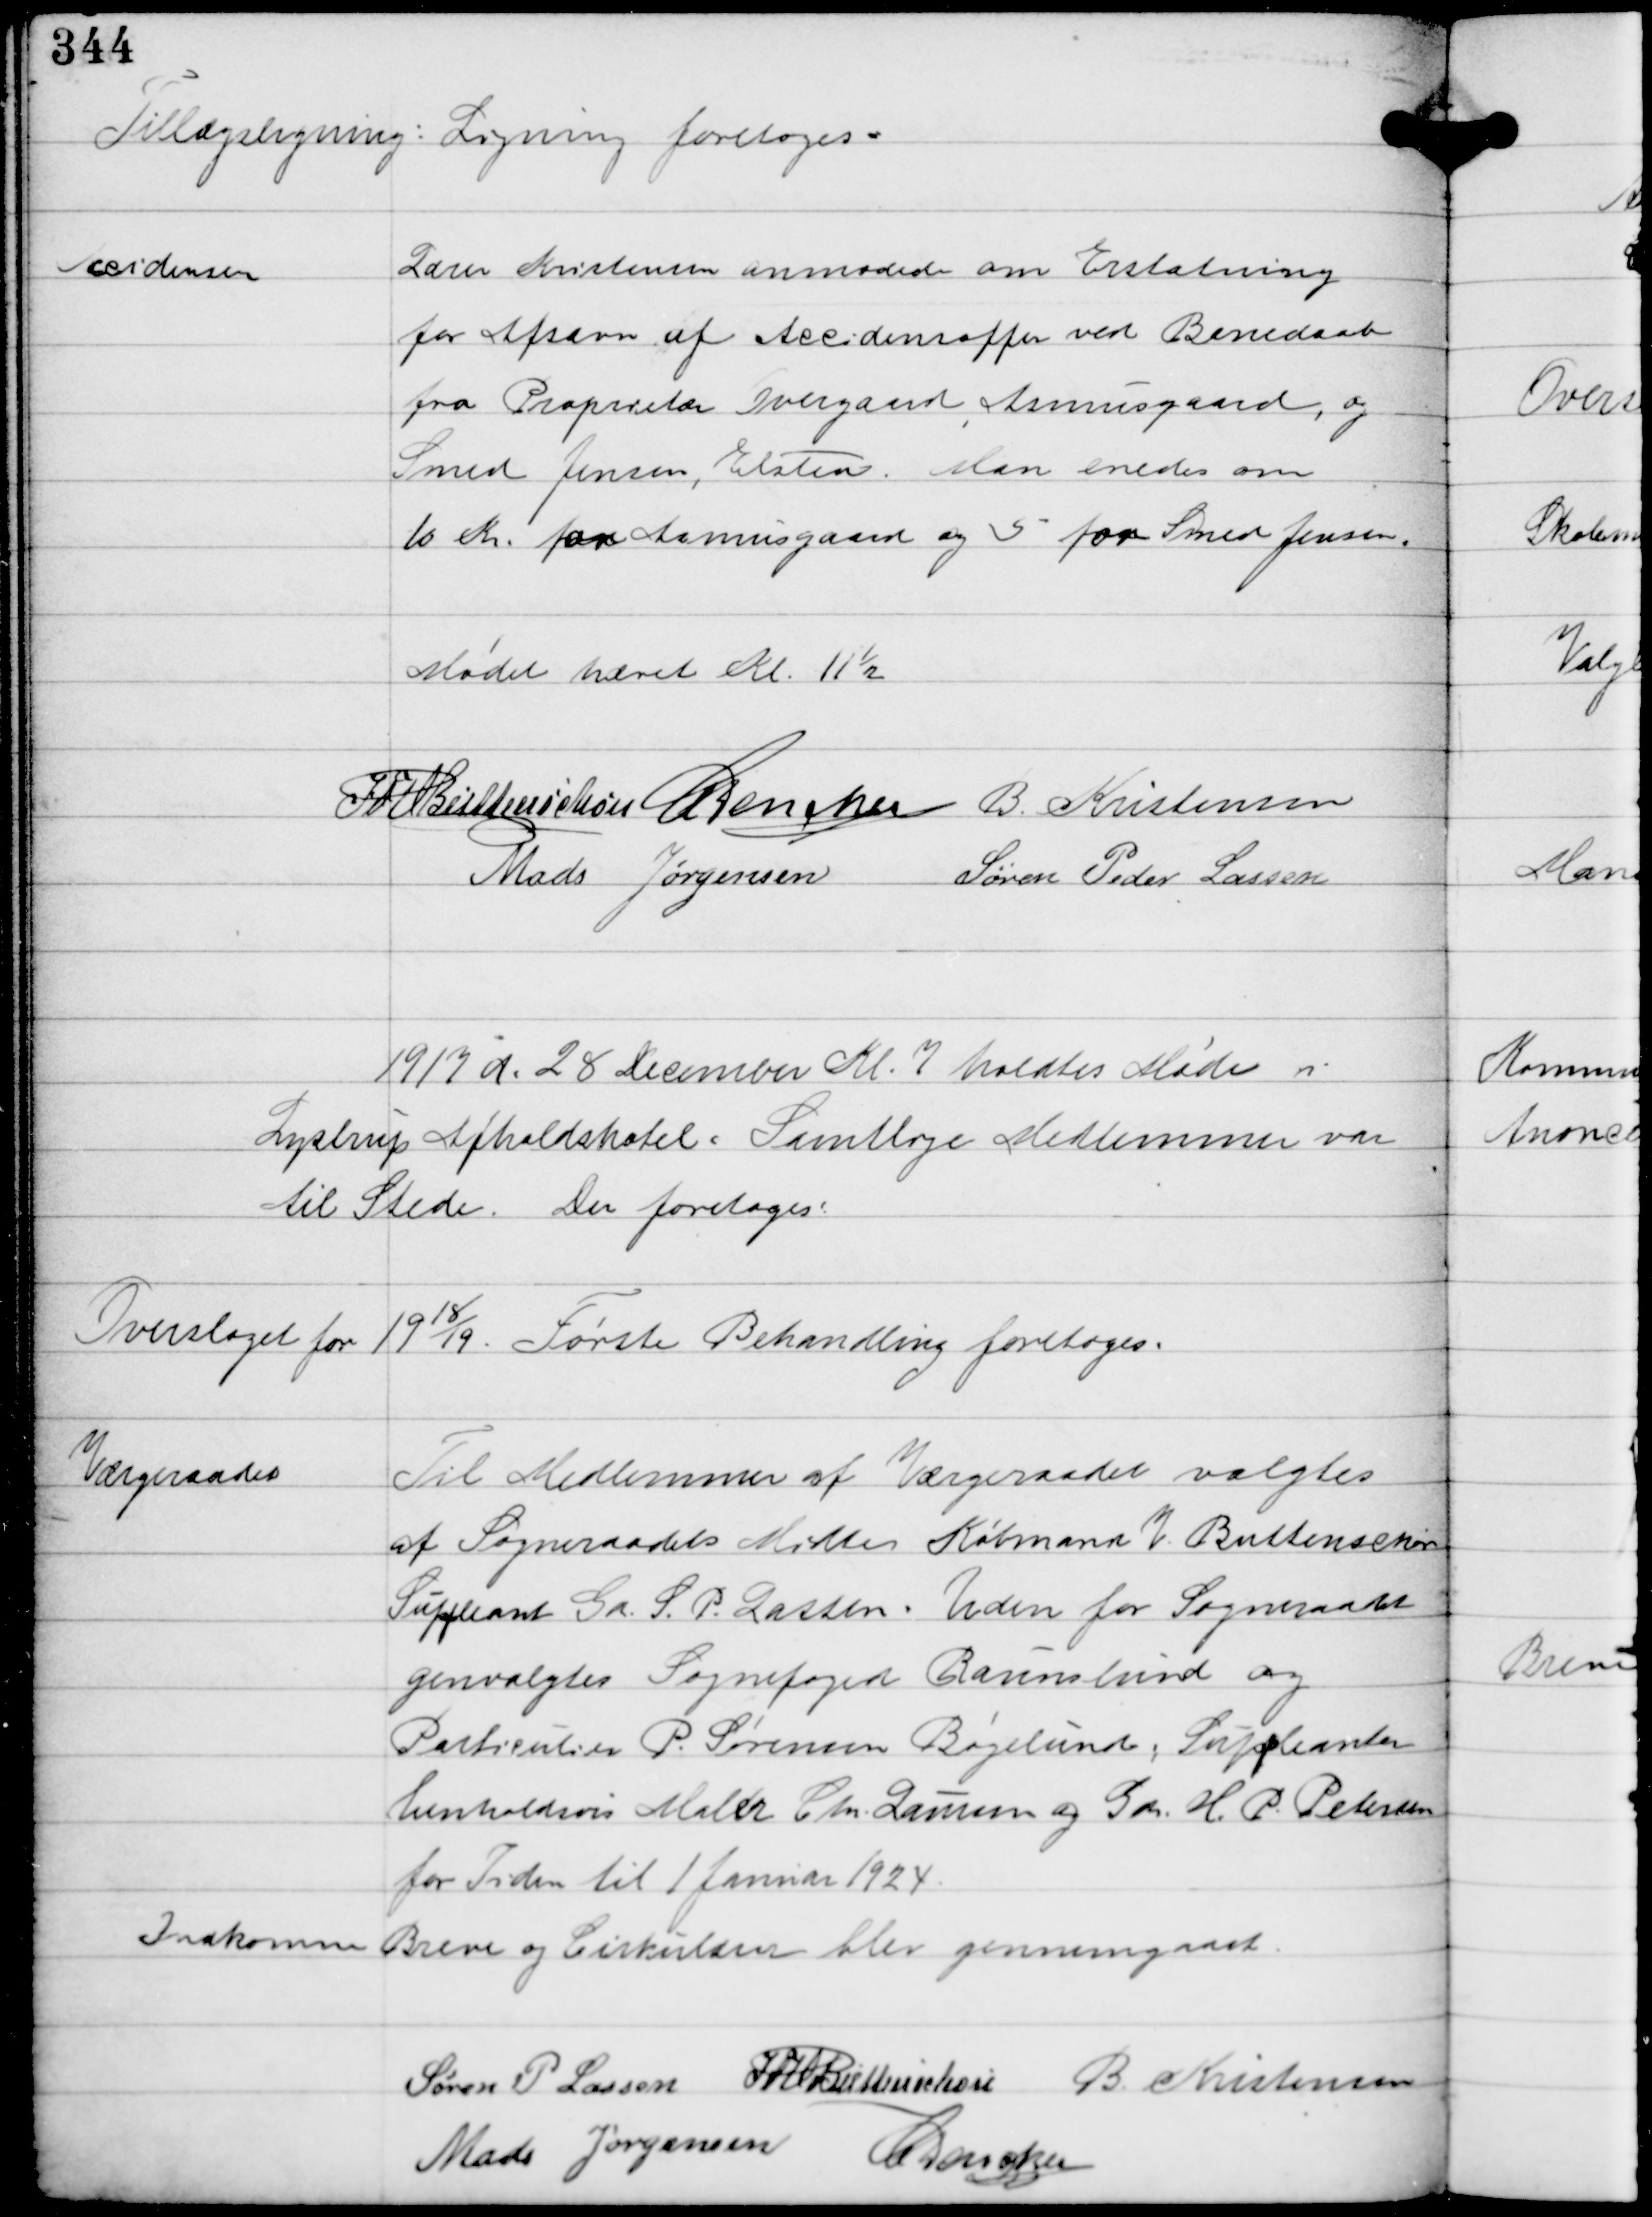
Transskription:
Tillægsligning: Ligning foretoges.

Kristensen

Lærer Kristensen anmodede om Erstatning
for Afsavn af Accidensoffer ved Barnedaab
fra Proprietær Overgaard, Asmusgaard, og
Smed Jensen, Elsted. Man enedes om 
10 Kr. for Asmusgaard og 5 for Smed Jensen.
Mødet hævet Kl. 11½.

IFV Buttenschøn C Dencker B. Kristensen
Mads Jørgensen Søren Peder Lassen

1917 d. 28 December Kl. 7 holdtes Møde i
Lystrup Afholdshotel. Samtlige Medlemmer var
til Stede. Der foretoges:

Overslaget for 1918/19. Første Behandling foretoges.

Værgeraadet

Til Medlemmer af Værgeraadet valgtes
af Sogneraadets Midte Købmand V. Buttenschøn
Suppleant Gdr. S.P. Lassen. Uden for Sogneraadet
genvalgtes Sognefoged Ravnslund og
Particulier P. Sørensen Bøgelund, Suppleanter
henholdsvis Maler Chr. Laursen og Gdr. H. P. Petersen
for Tiden til 1 Januar 1924.

Indkomne Breve og Cirkulærer blev gennemgaaet.
Søren P Lassen IFV Buttenschøn B. Kristensen
Mads Jørgensen C Dencker